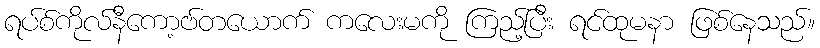
ရပ်စ်ကိုလ်နီကော့ဗ်တယောက် ကလေးမကို ကြည့်ပြီး ရင်ထုမနာ ဖြစ်နေသည်။